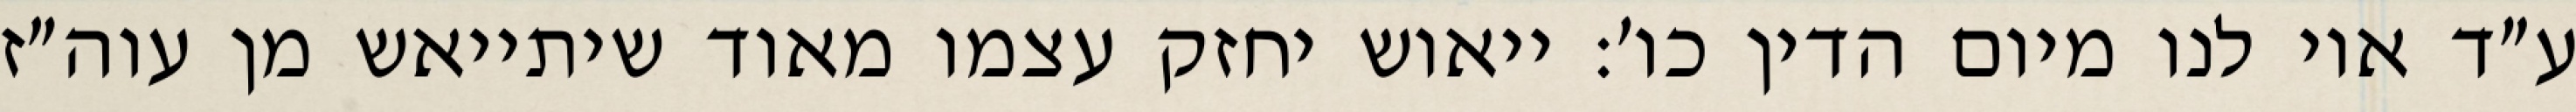
ע״ד אוי לנו מיום הדין כו׳: ייאוש יחזק עצמו מאוד שיתייאש מן עוה״ז